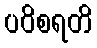
ပဝိစရတိ